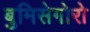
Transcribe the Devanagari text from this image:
बुमिसेगोरो